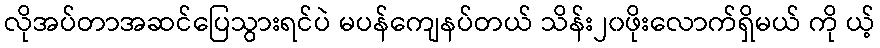
လိုအပ်တာအဆင်ပြေသွားရင်ပဲ မပန်ကျေနပ်တယ် သိန်း၂၀ဖိုးလောက်ရှိမယ် ကို ယ့်